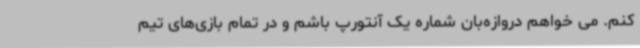
کنم. می خواهم دروازه‌بان شماره یک آنتورپ باشم و در تمام بازی‌های تیم